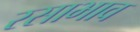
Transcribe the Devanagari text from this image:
रसाभाव